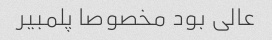
عالی بود مخصوصا پلمبیر